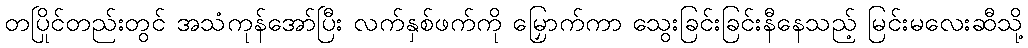
တပြိုင်တည်းတွင် အသံကုန်အော်ပြီး လက်နှစ်ဖက်ကို မြှောက်ကာ သွေးခြင်းခြင်းနီနေသည့် မြင်းမလေးဆီသို့